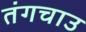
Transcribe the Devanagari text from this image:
तंगचाउ